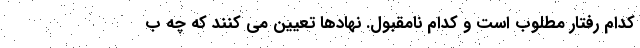
کدام رفتار مطلوب است و کدام نامقبول. نهادها تعیین می کنند که چه ب